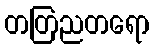
တတြညတရော